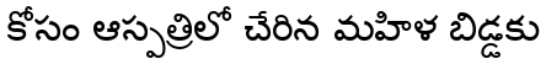
కోసం ఆస్పత్రిలో చేరిన మహిళ బిడ్డకు